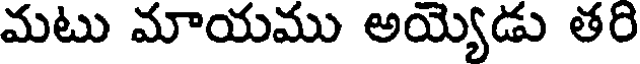
మటు మాయము అయ్యెడు తరి